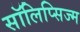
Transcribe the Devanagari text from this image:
सॉलिप्सिज्म